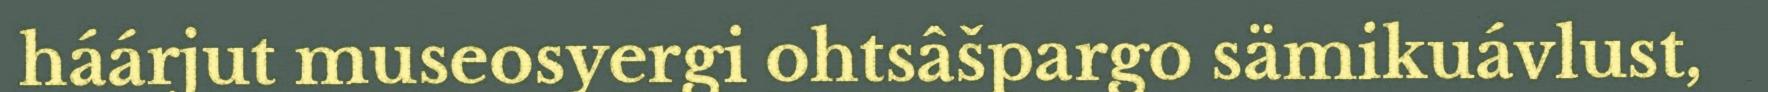
háárjut museosyergi ohtsâšpargo sämikuávlust,